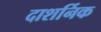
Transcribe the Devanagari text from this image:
दाशर्निक